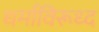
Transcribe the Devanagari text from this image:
धर्माविरूध्द